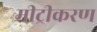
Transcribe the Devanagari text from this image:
मीट्रीकरण